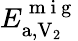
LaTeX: E_{\mathrm{a},\mathrm{V}_{2}}^{\mathrm{~m~i~g~}}